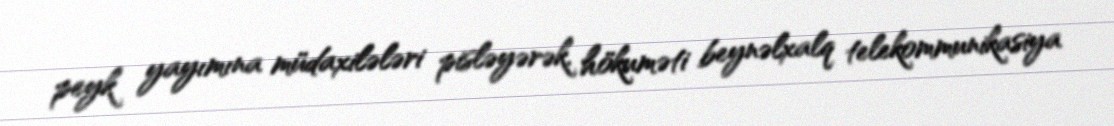
peyk yayımına müdaxilələri pisləyərək, hökuməti beynəlxalq telekommunikasiya